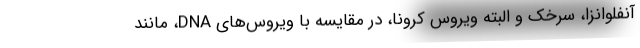
آنفلوانزا، سرخک و البته ویروس کرونا، در مقایسه با ویروس‌های DNA، مانند